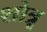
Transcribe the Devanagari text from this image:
शोत्रू